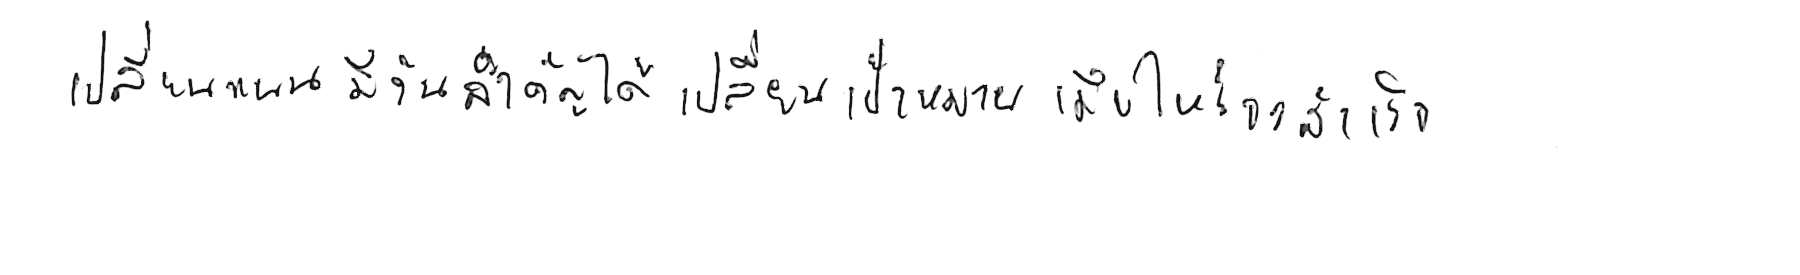
เปลี่ยนแผน มีวันสำเร็จได้ เปลี่ยนเป้าหมาย เมื่อไหร่จะสำเร็จ